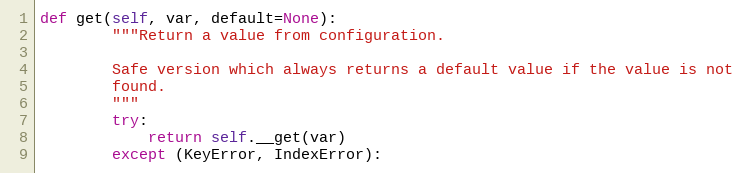
Language: Python
def get(self, var, default=None):
        """Return a value from configuration.

        Safe version which always returns a default value if the value is not
        found.
        """
        try:
            return self.__get(var)
        except (KeyError, IndexError):